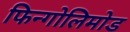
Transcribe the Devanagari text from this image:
फिन्गोलिमोड